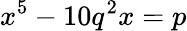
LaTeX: x^{5}-10q^{2}x=p